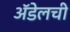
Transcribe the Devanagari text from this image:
अॅडेलची